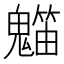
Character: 𥶯